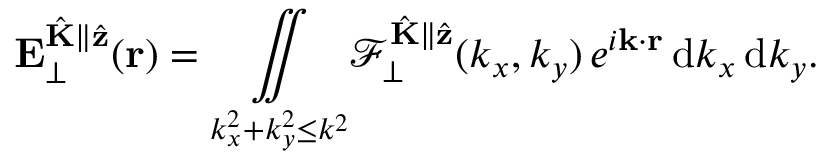
\mathbf { E } _ { \perp } ^ { \hat { \mathbf { K } } \parallel \hat { \mathbf { z } } } ( \mathbf { r } ) = \underset { k _ { x } ^ { 2 } + k _ { y } ^ { 2 } \leq k ^ { 2 } } { \iint } \mathcal { F } _ { \perp } ^ { \hat { \mathbf { K } } \parallel \hat { \mathbf { z } } } ( k _ { x } , k _ { y } ) \, e ^ { i \mathbf { k } \cdot \mathbf { r } } \, \mathrm { d } k _ { x } \, \mathrm { d } k _ { y } .